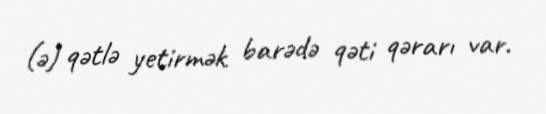
(ə) qətlə yetirmək barədə qəti qərarı var.